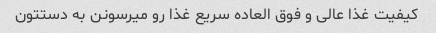
کیفیت غذا عالی و فوق العاده سریع غذا رو میرسونن به دستتون